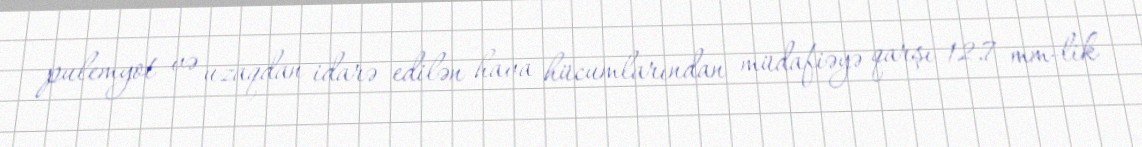
pulemyot və uzaqdan idarə edilən hava hücumlarından müdafiəyə qarşı 12.7 mm-lik